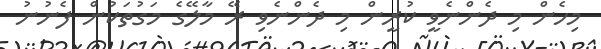
މިހެން މި ދެންނެވީ ކުރީން މި ދެންނެވި ރޭ މާލޭގެ މަގުތަކުން ފެނުނު